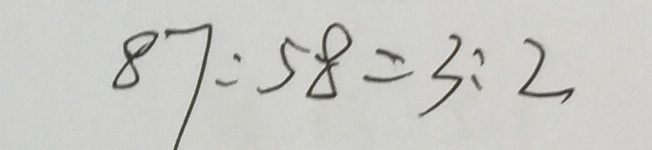
8 7 : 5 8 = 3 : 2